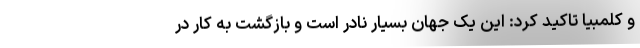
و کلمبیا تاکید کرد: این یک جهانِ بسیار نادر است و بازگشت به کار در